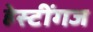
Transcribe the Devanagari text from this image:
हेस्टींगज